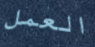
العمل